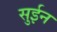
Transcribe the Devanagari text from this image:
सुईन